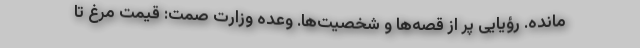
مانده. رؤیایی پر از قصه‌‌ها و شخصیت‌ها. وعده وزارت صمت: قیمت مرغ تا